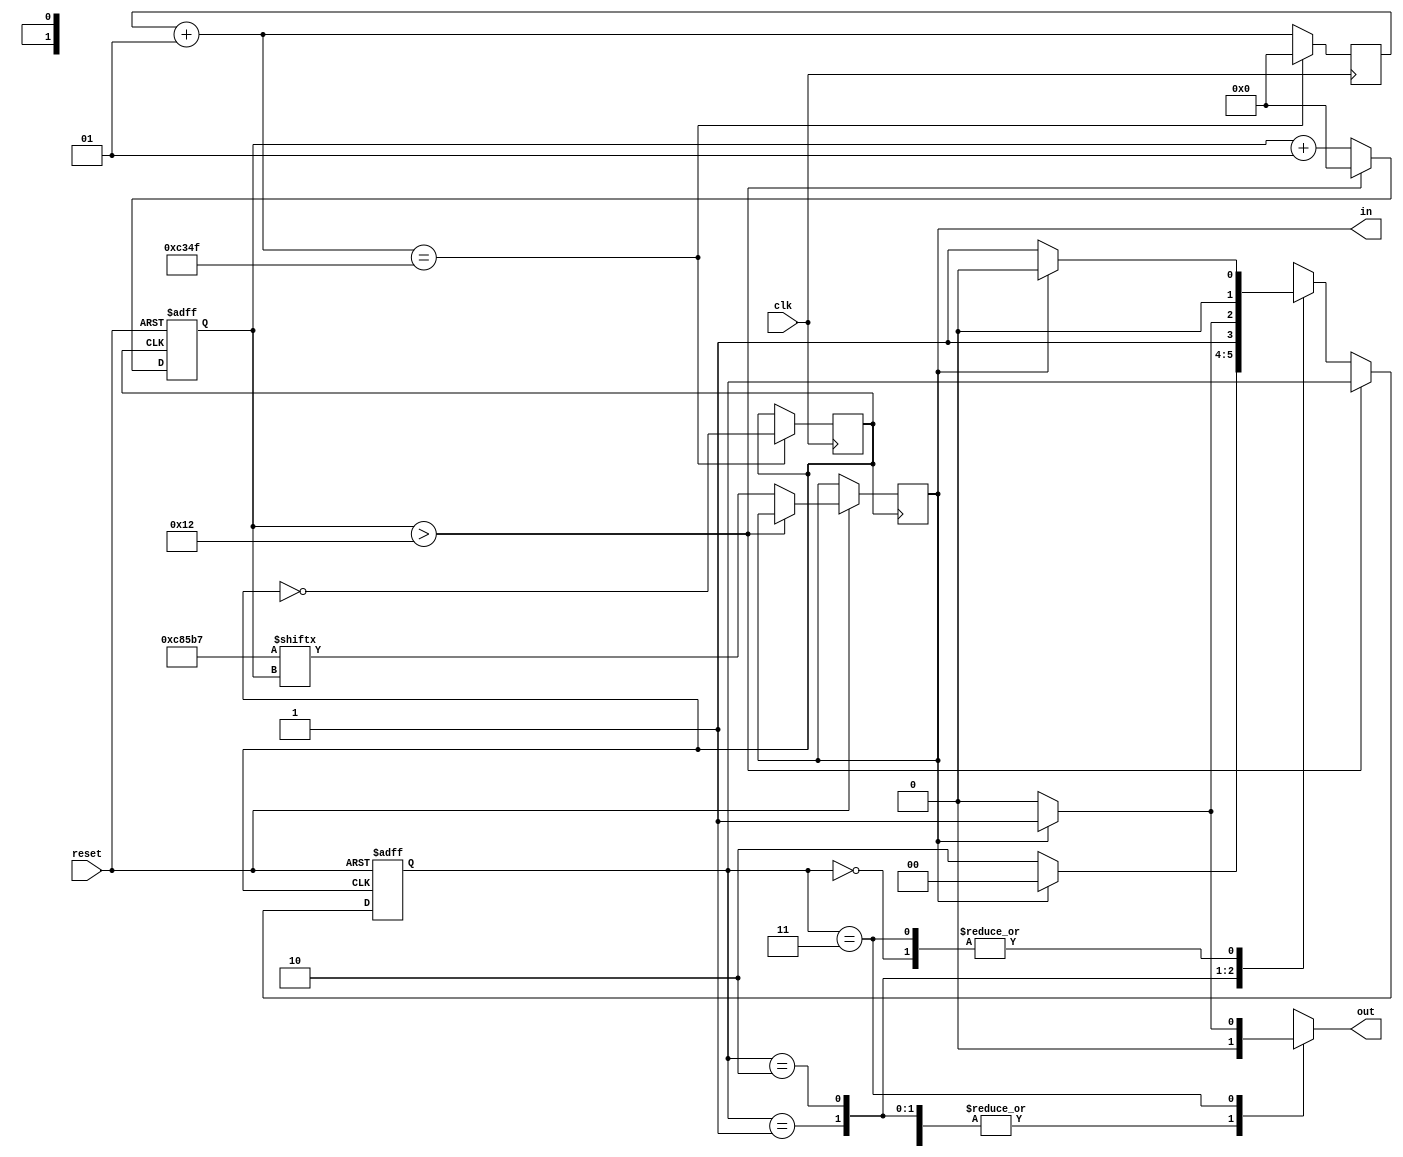
`timescale 1ns / 1ps
//////////////////////////////////////////////////////////////////////////////////
// Company: 
// Engineer: 
// 
// Design Name: 
// Module Name: top_mealy
// Project Name: 
// Target Devices: 
// Tool Versions: 
// Description: 
// 
// Dependencies: 
// 
// Revision:
// Revision 0.01 - File Created
// Additional Comments:
// 
//////////////////////////////////////////////////////////////////////////////////

module top_mealy(input clk, input reset, output reg in, out);
 
  reg [1:0] y, Y;
  parameter A=2'b00, B=2'b01, C=2'b10, D=2'b11; // Different States
 
  parameter pattern=20'b11001000010110110111; //input pattern
  reg clk_1=0;
  integer i=0;
  integer count=0;
 
  always @(in or y)
    case(y)
      A: if (in==0) begin
        out=0; Y=B;
      end
      else begin
        out=0; Y=A;
      end
     
      B: if (in==0) begin
        out=0; Y=C;
      end
      else begin
        out=0; Y=A;
      end
     
      C: if (in==0) begin
        out=0; Y=C;
      end
      else begin
        out=0; Y=D;
      end
     
      D: if (in==0) begin
        out=0; Y=B;
      end
      else begin
        out=1; Y=A;
      end
     
      default: Y = A;  // default as state A
     
    endcase
 
  always @(posedge clk_1 or negedge reset)
    begin
      if (reset==0) begin // if reset, start from state A.
        y<=A;
        i<=0;
      end
      else if(i>18) begin
        i<=0;
      end
      else begin
        y<=Y;
        in<=pattern[i];
        i<=i+1;
      end
    end
 
  always @(posedge clk)
    begin
      count=count+1;
      if (count==(50000-1))
        begin
          clk_1=~clk_1;
          count=0;
        end
    end
 
endmodule